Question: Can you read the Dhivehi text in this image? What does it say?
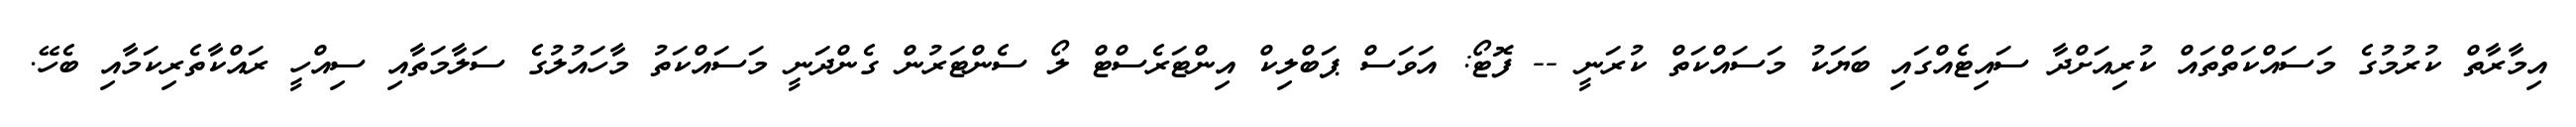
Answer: އިމާރާތް ކުރުމުގެ މަސައްކަތްތައް ކުރިއަށްދާ ސައިޓެއްގައި ބަޔަކު މަސައްކަތް ކުރަނީ -- ފޮޓޯ: އަވަސް ޕަބްލިކް އިންޓަރެސްޓް ލޯ ސެންޓަރުން ގެންދަނީ މަސައްކަތު މާހައުލުގެ ސަލާމަތާއި ސިއްހީ ރައްކާތެރިކަމާއި ބެހޭ.